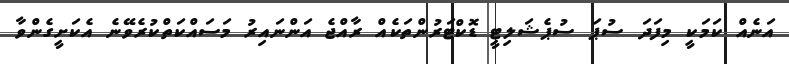
އަނެއް ކަމަކީ މިފަދަ ސުޕަ ސުޕެޝަލިޓީ ޑޮކްޓަރުންތަކެއް ރާއްޖެ އަންނައިރު މަސައްކަތްކުރެވޭނެ އެކަށީގެންވާ